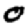
Digit: 0